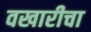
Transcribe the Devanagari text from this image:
वखारीचा